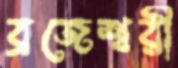
ব্রজেশ্বরী